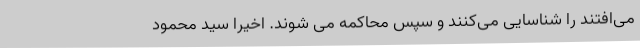
می‌افتند را شناسایی می‌کنند و سپس محاکمه می شوند. اخیرا سید محمود